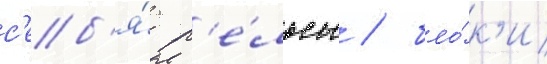
с'еб'я́ р'е́льсы / бло́к'и